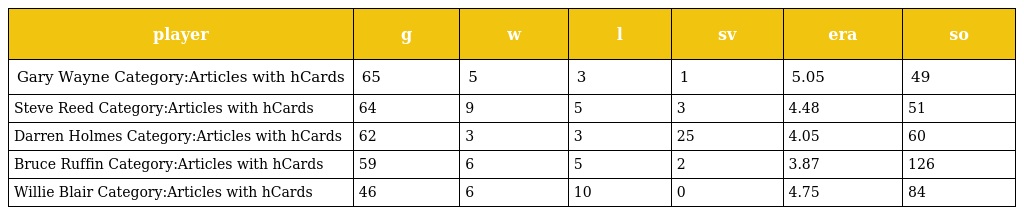
| player | g | w | l | sv | era | so |
 | --- | --- | --- | --- | --- | --- | --- |
 | Gary Wayne Category:Articles with hCards | 65 | 5 | 3 | 1 | 5.05 | 49 |
 | Steve Reed Category:Articles with hCards | 64 | 9 | 5 | 3 | 4.48 | 51 |
 | Darren Holmes Category:Articles with hCards | 62 | 3 | 3 | 25 | 4.05 | 60 |
 | Bruce Ruffin Category:Articles with hCards | 59 | 6 | 5 | 2 | 3.87 | 126 |
 | Willie Blair Category:Articles with hCards | 46 | 6 | 10 | 0 | 4.75 | 84 |